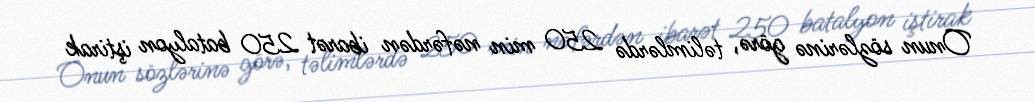
Onun sözlərinə görə, təlimlərdə 250 min nəfərdən ibarət 250 batalyon iştirak